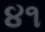
૪૧